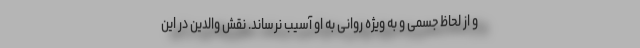
و از لحاظ جسمی و به ویژه روانی به او آسیب نرساند. نقش والدین در این